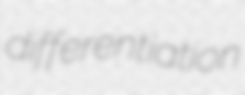
differentiation